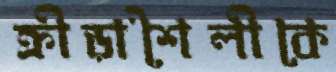
ক্রীড়াশৈলীকে